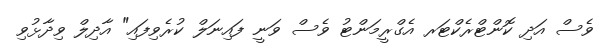
ވެސް އަދި ކޮންޓްރެކްޓަރ އެގްރީމަންޓު ވެސް ވަނީ ފައިނަލް ކުރެވިފައި" އާދިލް ވިދާޅުވި